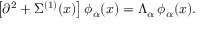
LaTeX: \left[ \partial ^ { 2 } + \Sigma ^ { ( 1 ) } ( x ) \right] \phi _ { \alpha } ( x ) = \Lambda _ { \alpha } \, \phi _ { \alpha } ( x ) .